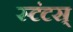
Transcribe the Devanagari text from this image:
स्टंटस्